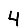
Digit: 4